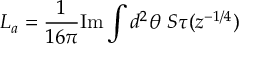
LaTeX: L _ { a } = \frac { 1 } { 1 6 \pi } \mathrm { I m } \int d ^ { 2 } \theta \ S \tau ( z ^ { - 1 / 4 } )